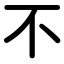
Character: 不